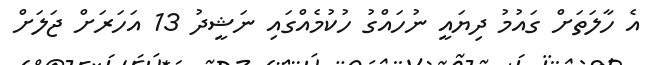
އެ ހާލަތަށް ގައުމު ދިޔައީ ނުހައްގު ހުކުމެއްގައި ނަޝީދު 13 އަހަރަށް ޖަލަށް